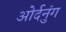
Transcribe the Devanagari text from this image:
ओर्दनुंग